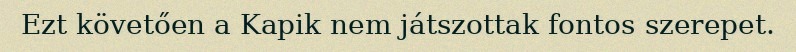
Ezt követően a Kapik nem játszottak fontos szerepet.